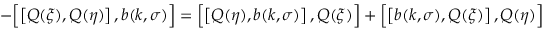
- \Bigl [ \left[ Q ( \xi ) , Q ( \eta ) \right] , b ( k , \sigma ) \Bigr ] = \Bigl [ \left[ Q ( \eta ) , b ( k , \sigma ) \right] , Q ( \xi ) \Bigr ] + \Bigl [ \left[ b ( k , \sigma ) , Q ( \xi ) \right] , Q ( \eta ) \Bigr ]